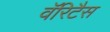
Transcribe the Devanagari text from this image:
वॅरिटैस